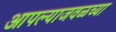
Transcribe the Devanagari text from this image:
आपल्याजवळच्या